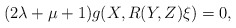
\begin{align*}(2\lambda+\mu+1)g(X,R(Y,Z)\xi)=0,\end{align*}